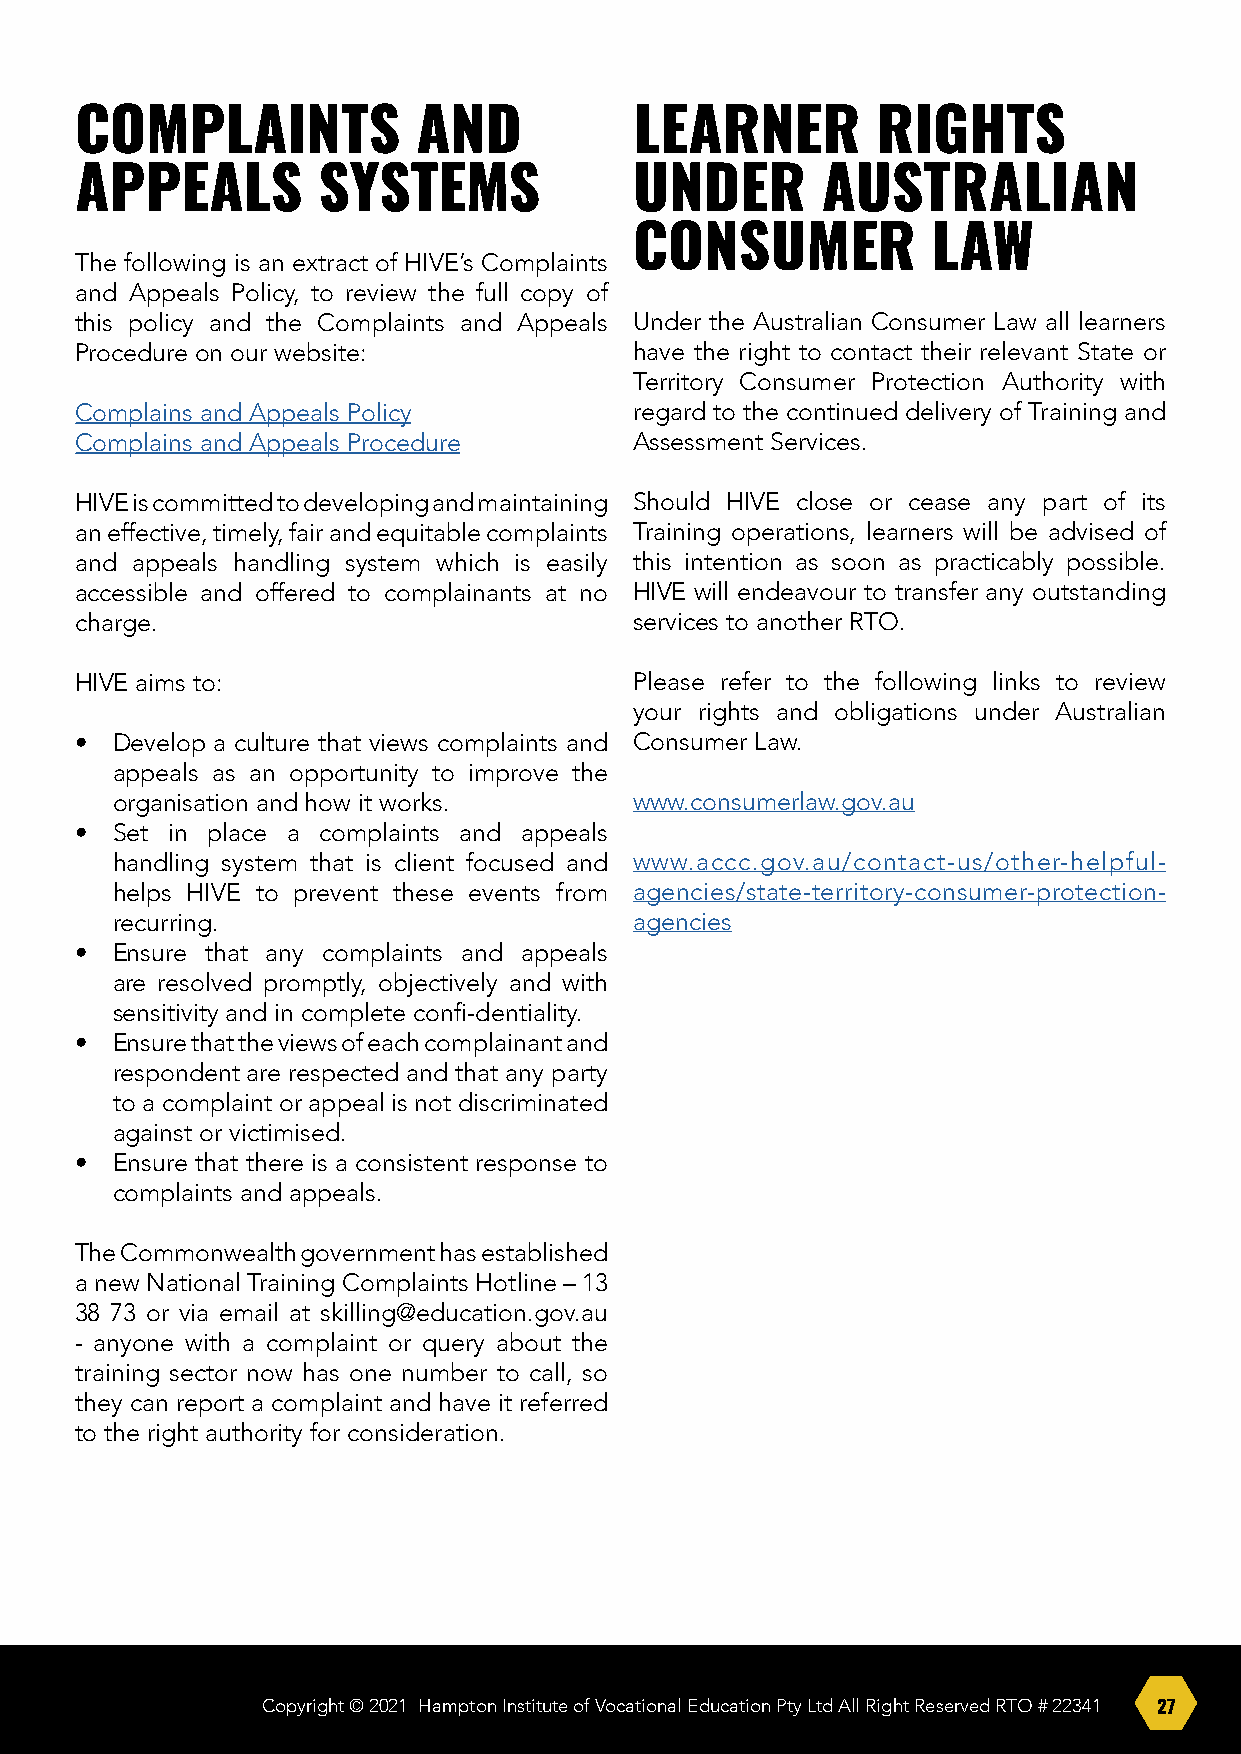
COMPLAINTS             AND           LEARNER         RIGHTS
 APPEALS         SYSTEMS              UNDER       AUSTRALIAN
 CONSUMER            LAW
 The following is an extract of HIVE’s Complaints
 and Appeals Policy, to review the full copy of
 this policy and the Complaints and Appeals Under the Australian Consumer Law all learners
 Procedure on our website:            have the right to contact their relevant State or
 Territory Consumer Protection Authority with
 Complains and Appeals Policy         regard to the continued delivery of Training and
 Complains and Appeals Procedure      Assessment Services.
 HIVE is committed to developing and maintaining Should HIVE close or cease any part of its
 an effective, timely, fair and equitable complaints Training operations, learners will be advised of
 and appeals handling system which is easily this intention as soon as practicably possible.
 accessible and offered to complainants at no HIVE will endeavour to transfer any outstanding
 charge.                              services to another RTO.
 HIVE aims to:                        Please refer to the following links to review
 your rights and obligations under Australian
 • Develop a culture that views complaints and Consumer Law.
 appeals as an opportunity to improve the
 organisation and how it works.     www.consumerlaw.gov.au
 • Set in place a complaints and appeals
 handling system that is client focused and www.accc.gov.au/contact-us/other-helpful-
 helps HIVE to prevent these events from agencies/state-territory-consumer-protection-
 recurring.                         agencies
 • Ensure that any complaints and appeals
 are resolved promptly, objectively and with
 sensitivity and in complete confi-dentiality.
 • Ensure that the views of each complainant and
 respondent are respected and that any party
 to a complaint or appeal is not discriminated
 against or victimised.
 • Ensure that there is a consistent response to
 complaints and appeals.
 The Commonwealth government has established
 a new National Training Complaints Hotline – 13
 38 73 or via email at skilling@education.gov.au
 - anyone with a complaint or query about the
 training sector now has one number to call, so
 they can report a complaint and have it referred
 to the right authority for consideration.
 Copyright © 2021 Hampton Institute of Vocational Education Pty Ltd All Right Reserved RTO # 22341 27